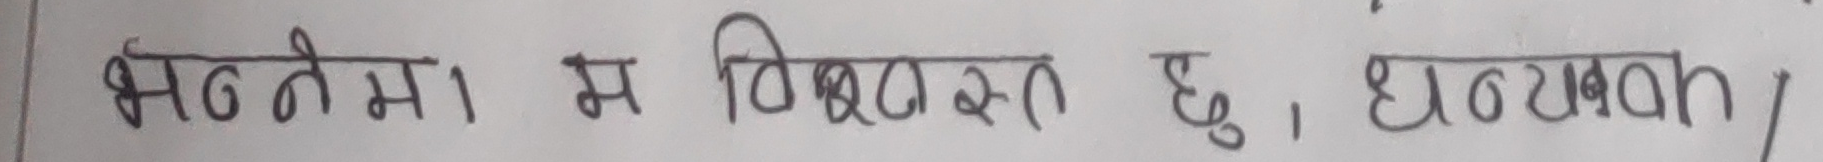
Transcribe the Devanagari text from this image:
भन्तेमा। म विश्वस्त छु, धन्यवाद /